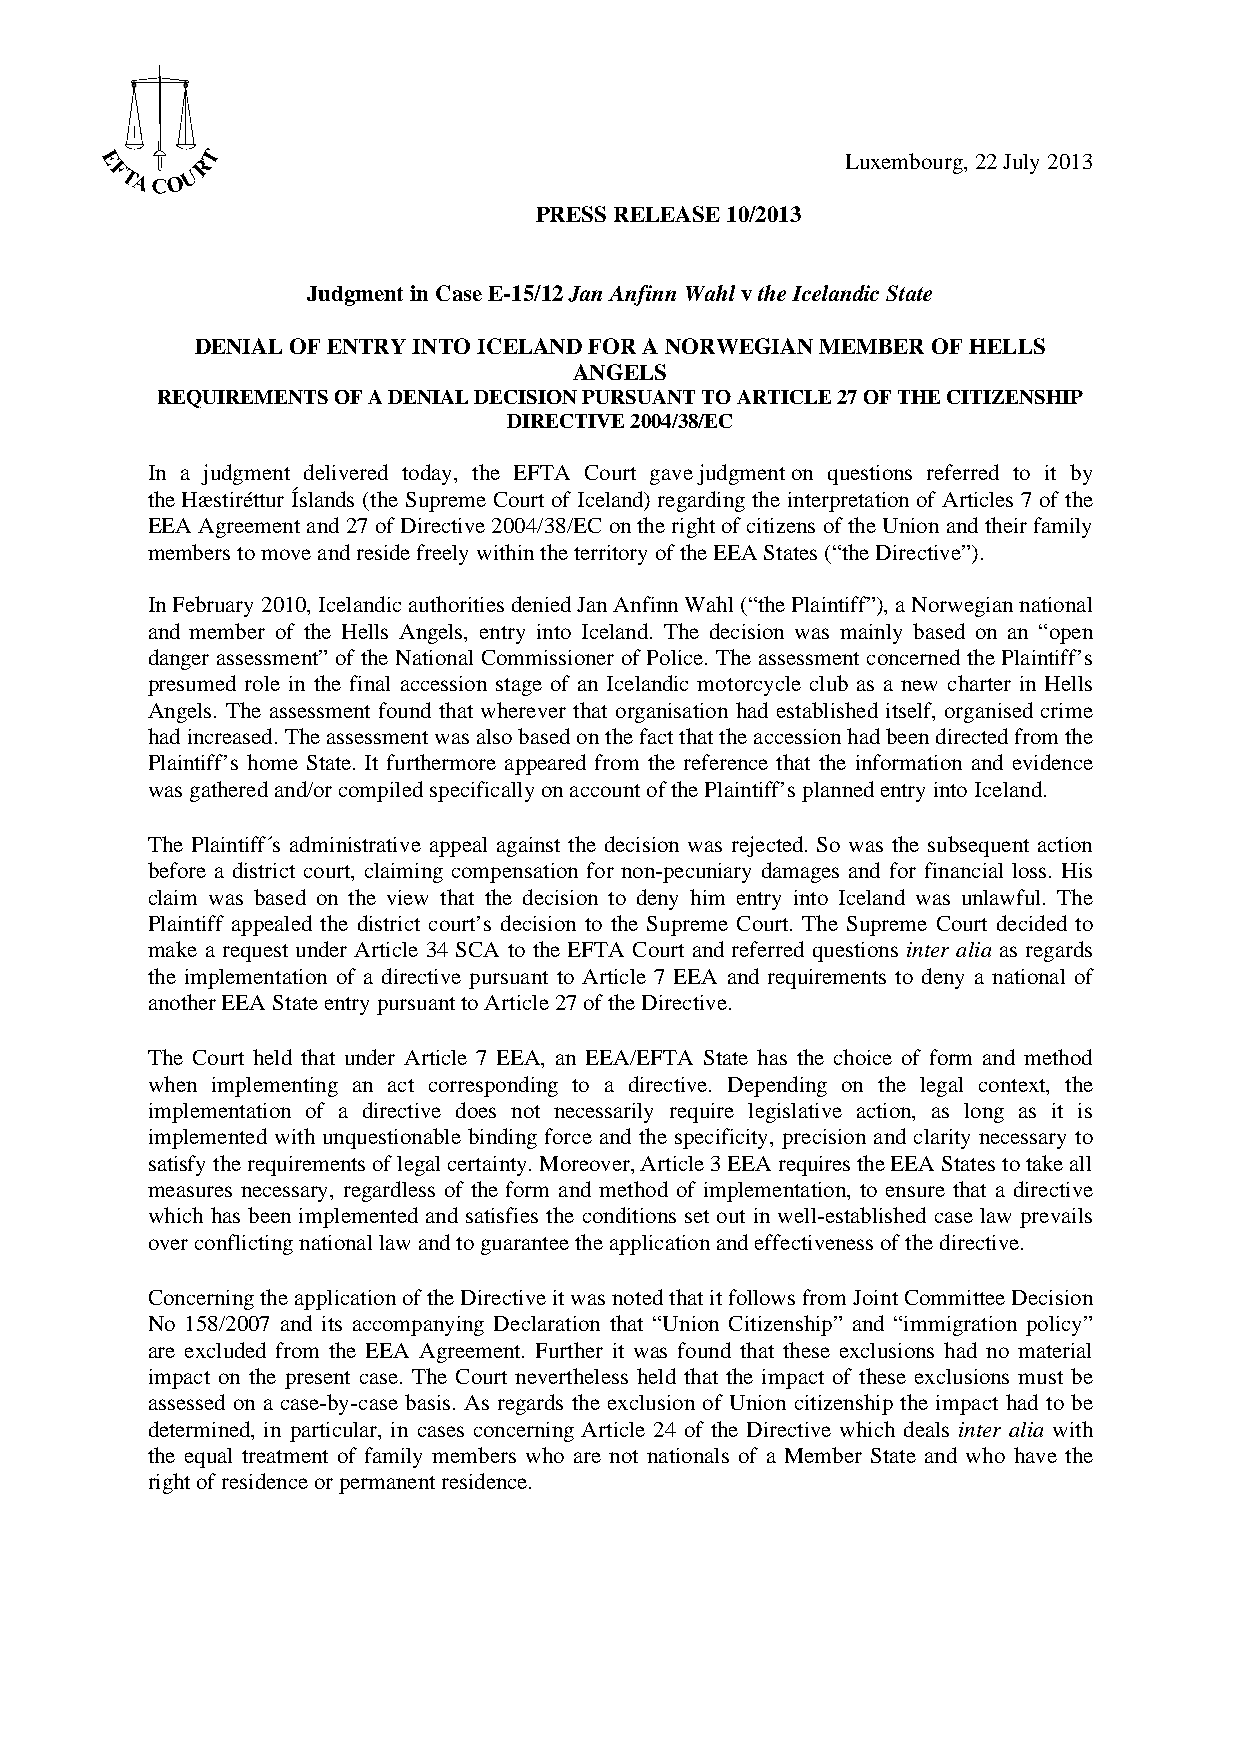
Luxembourg, 22 July 2013
 PRESS RELEASE 10/2013
 Judgment in Case E-15/12 Jan Anfinn Wahl v the Icelandic State
 DENIAL OF ENTRY INTO ICELAND FOR A NORWEGIAN MEMBER OF HELLS
 ANGELS
 REQUIREMENTS OF A DENIAL DECISION PURSUANT TO ARTICLE 27 OF THE CITIZENSHIP
 DIRECTIVE 2004/38/EC
 In a judgment delivered today, the EFTA Court gave judgment on questions referred to it by
 the Hæstiréttur Íslands (the Supreme Court of Iceland) regarding the interpretation of Articles 7 of the
 EEA Agreement and 27 of Directive 2004/38/EC on the right of citizens of the Union and their family
 members to move and reside freely within the territory of the EEA States (“the Directive”).
 In February 2010, Icelandic authorities denied Jan Anfinn Wahl (“the Plaintiff”), a Norwegian national
 and member of the Hells Angels, entry into Iceland. The decision was mainly based on an “open
 danger assessment” of the National Commissioner of Police. The assessment concerned the Plaintiff’s
 presumed role in the final accession stage of an Icelandic motorcycle club as a new charter in Hells
 Angels. The assessment found that wherever that organisation had established itself, organised crime
 had increased. The assessment was also based on the fact that the accession had been directed from the
 Plaintiff’s home State. It furthermore appeared from the reference that the information and evidence
 was gathered and/or compiled specifically on account of the Plaintiff’s planned entry into Iceland.
 The Plaintiff´s administrative appeal against the decision was rejected. So was the subsequent action
 before a district court, claiming compensation for non-pecuniary damages and for financial loss. His
 claim was based on the view that the decision to deny him entry into Iceland was unlawful. The
 Plaintiff appealed the district court’s decision to the Supreme Court. The Supreme Court decided to
 make a request under Article 34 SCA to the EFTA Court and referred questions inter alia as regards
 the implementation of a directive pursuant to Article 7 EEA and requirements to deny a national of
 another EEA State entry pursuant to Article 27 of the Directive.
 The Court held that under Article 7 EEA, an EEA/EFTA State has the choice of form and method
 when implementing an act corresponding to a directive. Depending on the legal context, the
 implementation of a directive does not necessarily require legislative action, as long as it is
 implemented with unquestionable binding force and the specificity, precision and clarity necessary to
 satisfy the requirements of legal certainty. Moreover, Article 3 EEA requires the EEA States to take all
 measures necessary, regardless of the form and method of implementation, to ensure that a directive
 which has been implemented and satisfies the conditions set out in well-established case law prevails
 over conflicting national law and to guarantee the application and effectiveness of the directive.
 Concerning the application of the Directive it was noted that it follows from Joint Committee Decision
 No 158/2007 and its accompanying Declaration that “Union Citizenship” and “immigration policy”
 are excluded from the EEA Agreement. Further it was found that these exclusions had no material
 impact on the present case. The Court nevertheless held that the impact of these exclusions must be
 assessed on a case-by-case basis. As regards the exclusion of Union citizenship the impact had to be
 determined, in particular, in cases concerning Article 24 of the Directive which deals inter alia with
 the equal treatment of family members who are not nationals of a Member State and who have the
 right of residence or permanent residence.